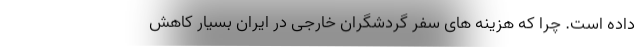
داده است. چرا که هزینه های سفر گردشگران خارجی در ایران بسیار کاهش